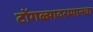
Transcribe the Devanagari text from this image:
टोंगळ्यादरम्यानचा